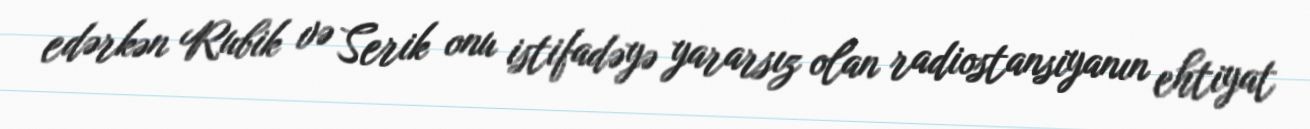
edərkən Rubik və Serik onu istifadəyə yararsız olan radiostansiyanın ehtiyat